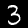
Label: 3